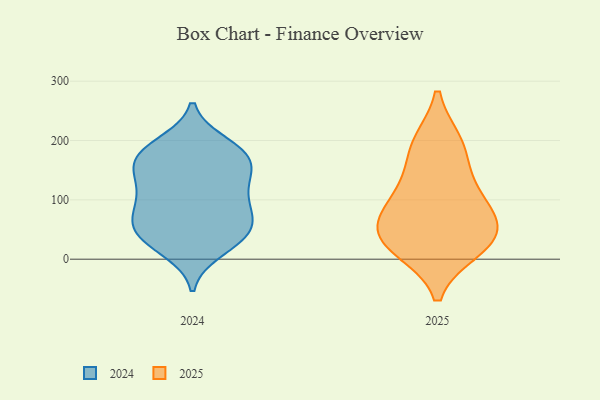
{"axis": {"x": "Gross Profit (USD K)", "y": "Value"}, "legend": ["2024", "2025"], "data": [{"x": "", "y": 73, "type": "2025"}, {"x": "", "y": 26, "type": "2025"}, {"x": "", "y": 132, "type": "2025"}, {"x": "", "y": 191, "type": "2025"}, {"x": "", "y": 45, "type": "2025"}, {"x": "", "y": 195, "type": "2025"}, {"x": "", "y": 18, "type": "2025"}, {"x": "", "y": 72, "type": "2025"}, {"x": "", "y": 107, "type": "2025"}, {"x": "", "y": 32, "type": "2025"}, {"x": "", "y": 63, "type": "2024"}, {"x": "", "y": 98, "type": "2024"}, {"x": "", "y": 181, "type": "2024"}, {"x": "", "y": 111, "type": "2024"}, {"x": "", "y": 169, "type": "2024"}, {"x": "", "y": 138, "type": "2024"}, {"x": "", "y": 163, "type": "2024"}, {"x": "", "y": 194, "type": "2024"}, {"x": "", "y": 15, "type": "2024"}, {"x": "", "y": 187, "type": "2024"}, {"x": "", "y": 37, "type": "2024"}, {"x": "", "y": 58, "type": "2024"}, {"x": "", "y": 54, "type": "2024"}, {"x": "", "y": 129, "type": "2024"}, {"x": "", "y": 38, "type": "2024"}, {"x": "", "y": 87, "type": "2024"}, {"x": "", "y": 144, "type": "2024"}, {"x": "", "y": 80, "type": "2024"}, {"x": "", "y": 172, "type": "2024"}, {"x": "", "y": 28, "type": "2024"}]}